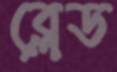
ব্লেড